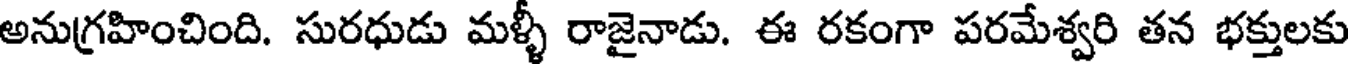
అనుగ్రహించింది. సురధుడు మళ్ళీ రాజైనాడు. ఈ రకంగా పరమేశ్వరి తన భక్తులకు